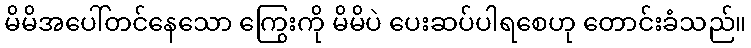
မိမိအပေါ်တင်နေသော ကြွေးကို မိမိပဲ ပေးဆပ်ပါရစေဟု တောင်းခံသည်။